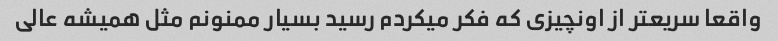
واقعا سریعتر از اونچیزی که فکر میکردم رسید بسیار ممنونم مثل همیشه عالی